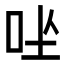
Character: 𪠶